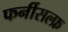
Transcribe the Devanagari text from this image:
फर्नीसल्फ्र